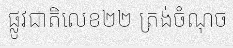
ផ្លូវជាតិលេខ២២ ត្រង់ចំណុច